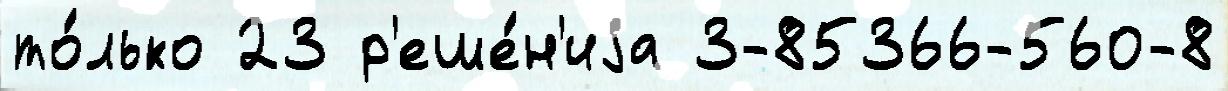
то́лько 23 р'еше́н'иjа 3-85366-560-8